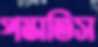
পস্তাতিস